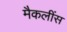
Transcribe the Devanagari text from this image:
मैकलींस